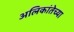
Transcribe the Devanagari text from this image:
अलिकांतेच्या